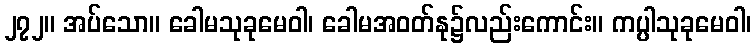
၂၇၂။ အပ်သော။ ခေါမသုခုမေဝါ၊ ခေါမအဝတ်နု၌လည်းကောင်း။ ကပ္ပါသုခုမေဝါ၊